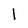
Character: l